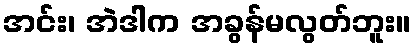
အင်း၊ အဲဒါက အခွန်မလွတ်ဘူး။